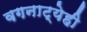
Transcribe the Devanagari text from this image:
वगनाट्येही